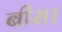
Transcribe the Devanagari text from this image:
बीस।